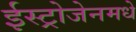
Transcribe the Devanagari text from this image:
ईस्ट्रोजेनमधे